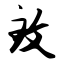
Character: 致